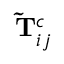
\mathbf { \widetilde { T } } _ { i j } ^ { c }